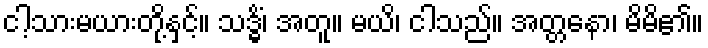
ငါ့သားမယားတို့နှင့်။ သဒ္ဓိံ၊ အတူ။ မယိ၊ ငါသည်။ အတ္တနော၊ မိမိ၏။